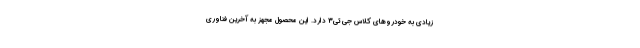
زیادی به خودروهای کلاس جی تی3 دارد. این محصول مجهز به آخرین فناوری